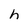
Character: h